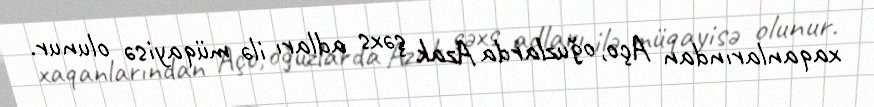
xaqanlarından Aço, oğuzlarda Azak şəxs adları ilə müqayisə olunur.